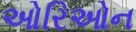
ઓરિઓન